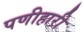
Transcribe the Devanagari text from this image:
पणीहारी